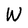
Character: W